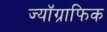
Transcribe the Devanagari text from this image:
ज्यॉग्राफिक